Scottish Leaving Certificate Examination, 1960
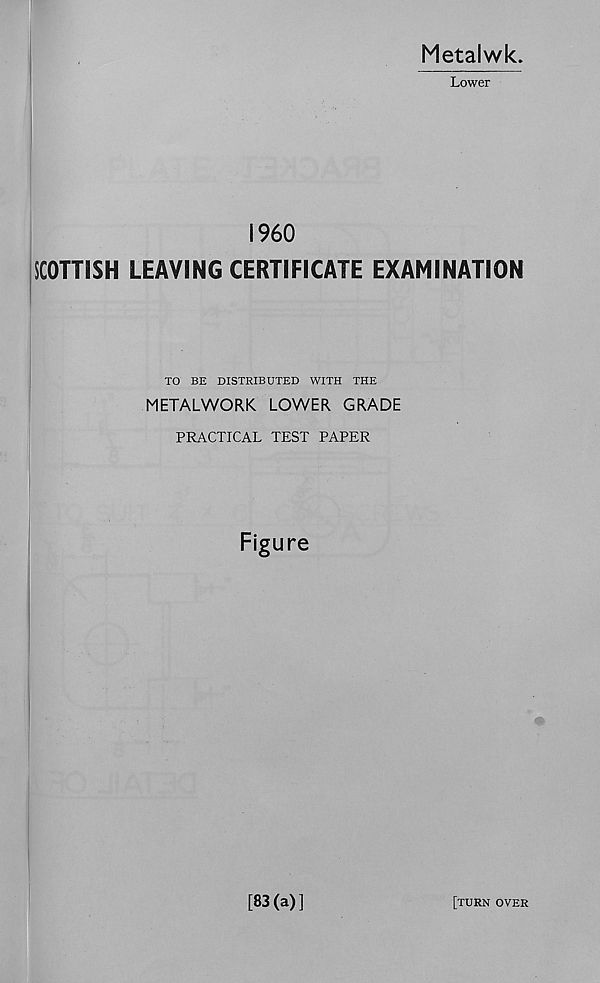
Metalwk.
Lower
I960
SCOTTISH LEAVING CERTIFICATE EXAMINATION
TO BE DISTRIBUTED WITH THE
METALWORK LOWER GRADE
PRACTICAL TEST PAPER
Figure
[83(a)]
[turn over